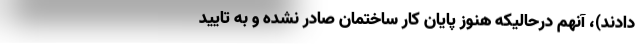
دادند)، آنهم درحالیکه هنوز پایان کار ساختمان صادر نشده و به تایید